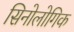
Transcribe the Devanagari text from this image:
सिनोलोगिक